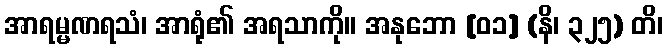
အာရမ္မဏရသံ၊ အာရုံ၏ အရသာကို။ အနုဘော [၀၁] (နိ၊ ၃၂၅) တိ၊